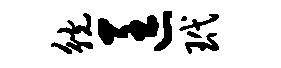
觥匡玳